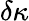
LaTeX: \delta\kappa